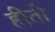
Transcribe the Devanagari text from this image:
हीती